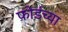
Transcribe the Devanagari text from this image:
फोर्डच्या